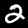
Digit: 2